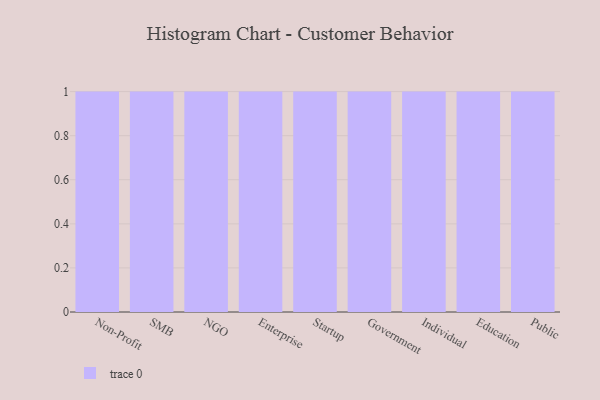
{"axis": {"x": "Segment", "y": "Active Users"}, "legend": [""], "data": [{"x": "Non-Profit", "y": 32, "type": ""}, {"x": "SMB", "y": 24, "type": ""}, {"x": "NGO", "y": 7, "type": ""}, {"x": "Enterprise", "y": 86, "type": ""}, {"x": "Startup", "y": 36, "type": ""}, {"x": "Government", "y": 29, "type": ""}, {"x": "Individual", "y": 58, "type": ""}, {"x": "Education", "y": 43, "type": ""}, {"x": "Public", "y": 38, "type": ""}]}